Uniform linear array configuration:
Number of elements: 48
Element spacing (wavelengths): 0.75
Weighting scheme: exponential
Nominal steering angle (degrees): -45
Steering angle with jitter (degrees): -43.742
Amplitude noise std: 0.05
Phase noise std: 0.05

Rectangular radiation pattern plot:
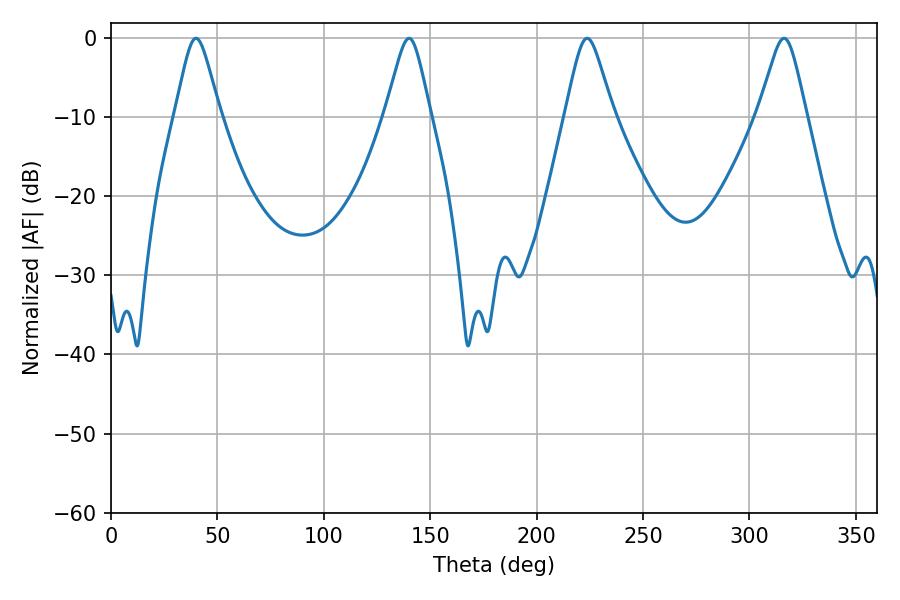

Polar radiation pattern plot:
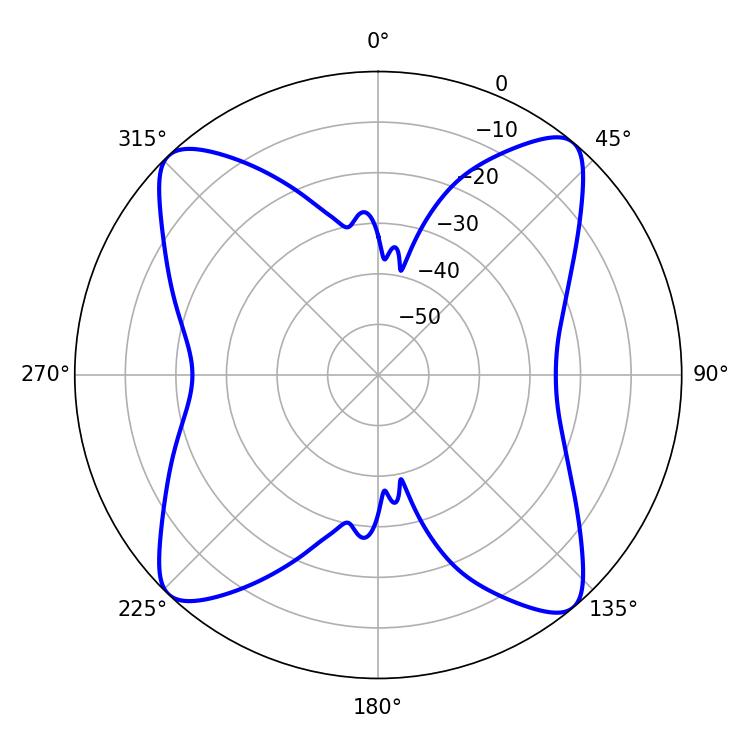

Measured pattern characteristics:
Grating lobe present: TRUE
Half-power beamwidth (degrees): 10.62
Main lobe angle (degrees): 223.74